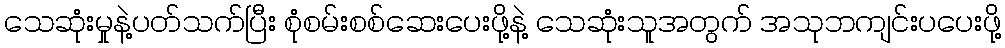
သေဆုံးမှုနဲ့ပတ်သက်ပြီး စုံစမ်းစစ်ဆေးပေးဖို့နဲ့ သေဆုံးသူအတွက် အသုဘကျင်းပပေးဖို့